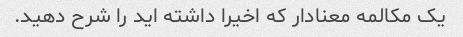
یک مکالمه معنادار که اخیرا داشته اید را شرح دهید.